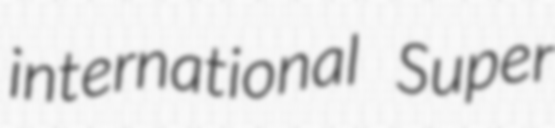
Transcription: international Super